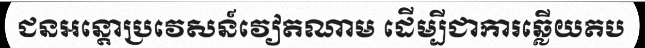
ជនអន្តោប្រវេសន៍វៀតណាម ដើម្បីជាការឆ្លើយតប